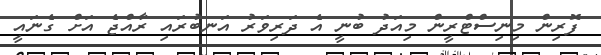
ފޮރިން މިނިސްޓްރީން މިއަދު ބުނީ އެ ދަރިވަރު އަނބުރައި ރާއްޖެ އަށް ގެނައީ